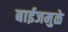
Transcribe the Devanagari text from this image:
बाईजमुळे